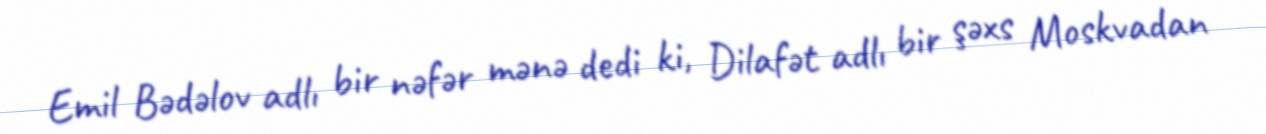
Emil Bədəlov adlı bir nəfər mənə dedi ki, Dilafət adlı bir şəxs Moskvadan